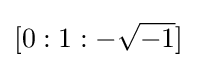
[0:1:-{\sqrt {-1}}]